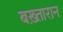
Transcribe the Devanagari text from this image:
बख़्तारान